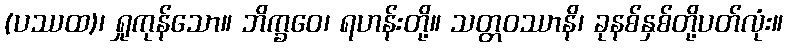
(ပဿထ)၊ ရှုကုန်သော။ ဘိက္ခဝေ၊ ရဟန်းတို့။ သတ္တဝဿာနိ၊ ခုနစ်နှစ်တို့ပတ်လုံး။